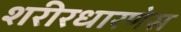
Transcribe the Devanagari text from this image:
शरीरधारणेस